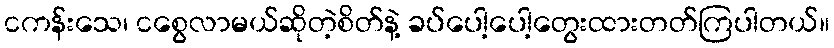
ငကန်းသေ၊ ငစွေလာမယ်ဆိုတဲ့စိတ်နဲ့ ခပ်ပေါ့ပေါ့တွေးထားတတ်ကြပါတယ်။